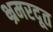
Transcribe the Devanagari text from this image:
भ्रमरदूत